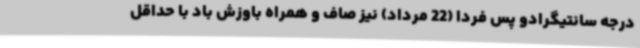
درجه سانتیگرادو پس فردا (22 مرداد) نیز صاف و همراه باوزش باد با حداقل